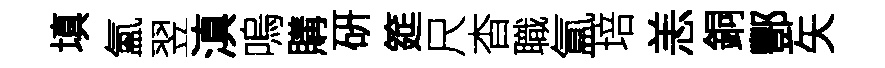
填氳翌滇嗚購硏筵尺杳職氲培恙銅酆矢